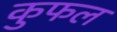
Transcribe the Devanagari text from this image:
कुफल